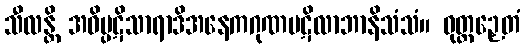
သီလန္တိ အဝိပ္ပဋိသာရာဒိအနေကဂုဏပဋိလာဘာနိသံသံ။ ဝုတ္တဉှေတံ